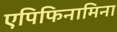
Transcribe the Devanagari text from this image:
एपिफिनामिना